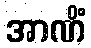
အာဏိံ